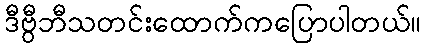
ဒီဗွီဘီသတင်းထောက်ကပြောပါတယ်။